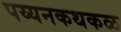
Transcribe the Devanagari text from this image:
पय्यनकथकळ